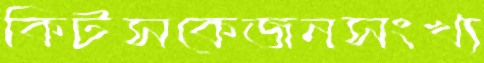
কিটসকেজনসংখ্য